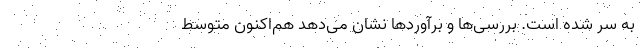
به سر شده است. بررسی‌‌ها و برآوردها نشان می‌‌دهد هم‌‌اکنون متوسط